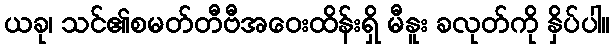
ယခု၊ သင်၏စမတ်တီဗီအဝေးထိန်းရှိ မီနူး ခလုတ်ကို နှိပ်ပါ။